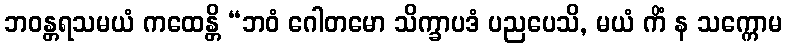
ဘဝန္တရသမယံ ကထေန္တိ “ဘဝံ ဂေါတမော သိက္ခာပဒံ ပညပေသိ, မယံ ကိံ န သက္ကောမ